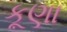
કૂણા